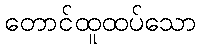
တောင်ထူထပ်သော